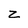
Character: z